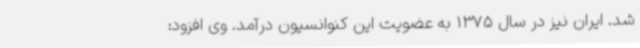
شد. ایران نیز در سال 1375 به عضویت این کنوانسیون درآمد. وی افزود: